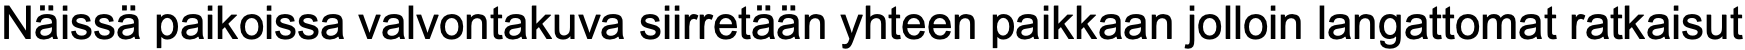
Näissä paikoissa valvontakuva siirretään yhteen paikkaan jolloin langattomat ratkaisut